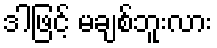
ဒါဖြင့် မချစ်ဘူးလား